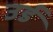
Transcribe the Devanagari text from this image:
उर्ड